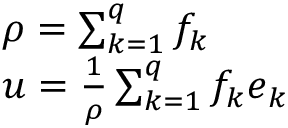
\begin{array} { l } { \rho = \sum _ { k = 1 } ^ { q } f _ { k } } \\ { \boldsymbol { u } = \frac { 1 } { \rho } \sum _ { k = 1 } ^ { q } f _ { k } \boldsymbol { e } _ { k } } \end{array}